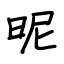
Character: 昵